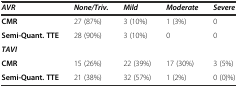
| AVR | None/Triv. | Mild | Moderate | Severe |
 | --- | --- | --- | --- | --- |
 | CMR | 27 (87%) | 3 (10%) | 1 (3%) | 0 |
 | Semi-Quant. TTE | 28 (90%) | 3 (10%) | 0 | 0 |
 | TAVI |  |  |  |  |
 | CMR | 15 (26%) | 22 (39%) | 17 (30%) | 3 (5%) |
 | Semi-Quant. TTE | 21 (38%) | 32 (57%) | 1 (2%) | 0 (0)%) |